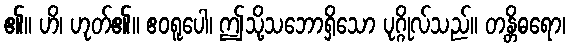
၏။ ဟိ၊ ဟုတ်၏။ ဧဝရူပေါ၊ ဤသို့သဘောရှိသော ပုဂ္ဂိုလ်သည်။ တန္တိဓရော၊